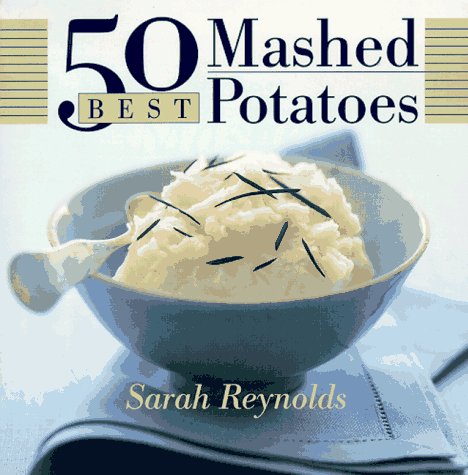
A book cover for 50 Best Mashed Potatoes (365 Ways Series); Sarah Reynolds; Cookbooks, Food & Wine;